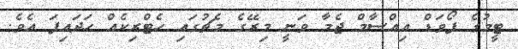
ޓީމުގެ ފޯވަޑް އިއްސާމް ޖެމާ ވަނީ މިރޭގެ މެޗުގައި ހެޓްރިކެއް ހަދައިފަ އެވެ.